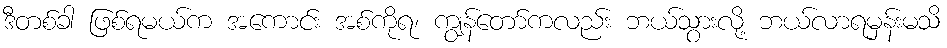
ဒီတစ်ခါ ဖြစ်ရမယ်က အကောင်း အစ်ကိုရ၊ ကျွန်တော်ကလည်း ဘယ်သွားလို့ ဘယ်လာရမှန်းမသိ